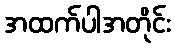
အထက်ပါအတိုင်း